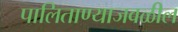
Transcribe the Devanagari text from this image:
पालिताण्याजवळील